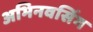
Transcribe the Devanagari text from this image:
अभिनवसिंग